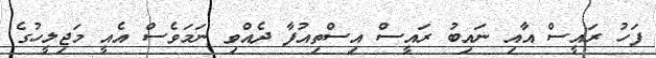
ފަހު ރައީސް އާއި ނައިބު ރައީސް އިސްތިއުފާ ދެއްވި ނަމަވެސް އެއީ މަޖިލީހުގެ